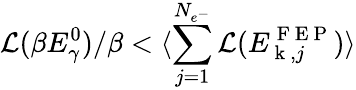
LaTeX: \mathcal{L}(\beta E_{\gamma}^{0})/\beta<\langle\sum_{j=1}^{N_{e^{-}}}\mathcal{L}(E_{\mathrm{~k~},j}^{\mathrm{~F~E~P~}})\rangle